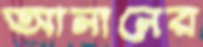
আনানের